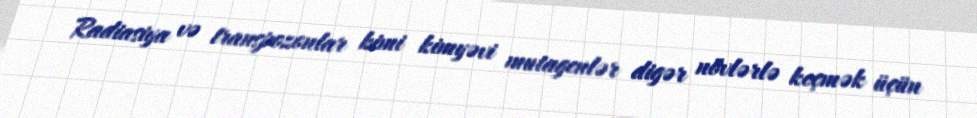
Radiasiya və transpozonlar kimi kimyəvi mutagenlər digər növlərlə keçmək üçün